Leaving Certificate Examination, 1915
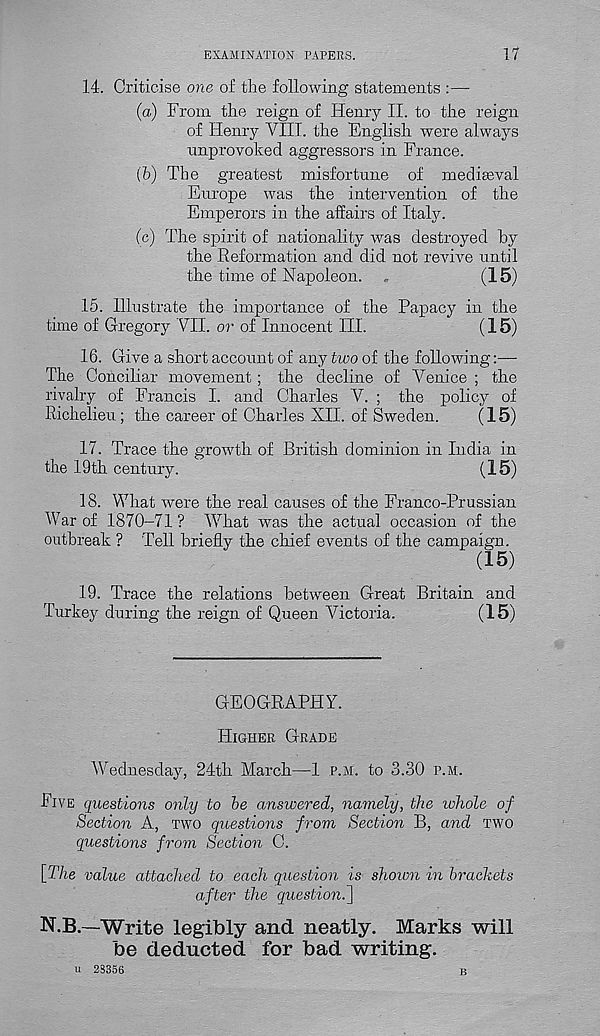
EXAMINATION PAPERS.
17
14. Criticise one of the following statements :—
(a) From the reign of Henry II. to the reign
of Henry VIII. the English were always
unprovoked aggressors in France.
(b) The greatest misfortune of medieval
Europe was the intervention of the
Emperors in the affairs of Italy.
(c) The spirit of nationality was destroyed by
the Reformation and did not revive until
the time of Napoleon. „
(15)
15. Illustrate the importance of the Papacy in the
time of Gregory VII. or of Innocent III.
(15)
16. Give a short account of any two of the following:—
The Conciliar movement; the decline of Venice ; the
rivalry of Francis I. and Charles V. ; the policy of
Richelieu; the career of Charles XII. of Sweden.
(15)
17. Trace the growth of British dominion in India in
the 19th century.
(15)
18. What were the real causes of the Franco-Prussian
War of 1870-71 ? What was the actual occasion of the
outbreak ? Tell briefly the chief events of the campaign.
(15)
19. Trace the relations between Great Britain and
Turkey during the reign of Queen Victoria.
(15)
GEOGRAPHY.
HIGHER GRADE
Wednesday, 24th March—1 P.M. to 3.30 P.M.
FIVE questions only to be answered, namely, the zohole of
Section A, TWO questions from Section B, and TWO
questions from Section C.
[The value attached to each question is shown in brackets
after the question.}
N.B.—Write legibly and neatly. Marks will
be deducted for bad writing.
u 23356
B